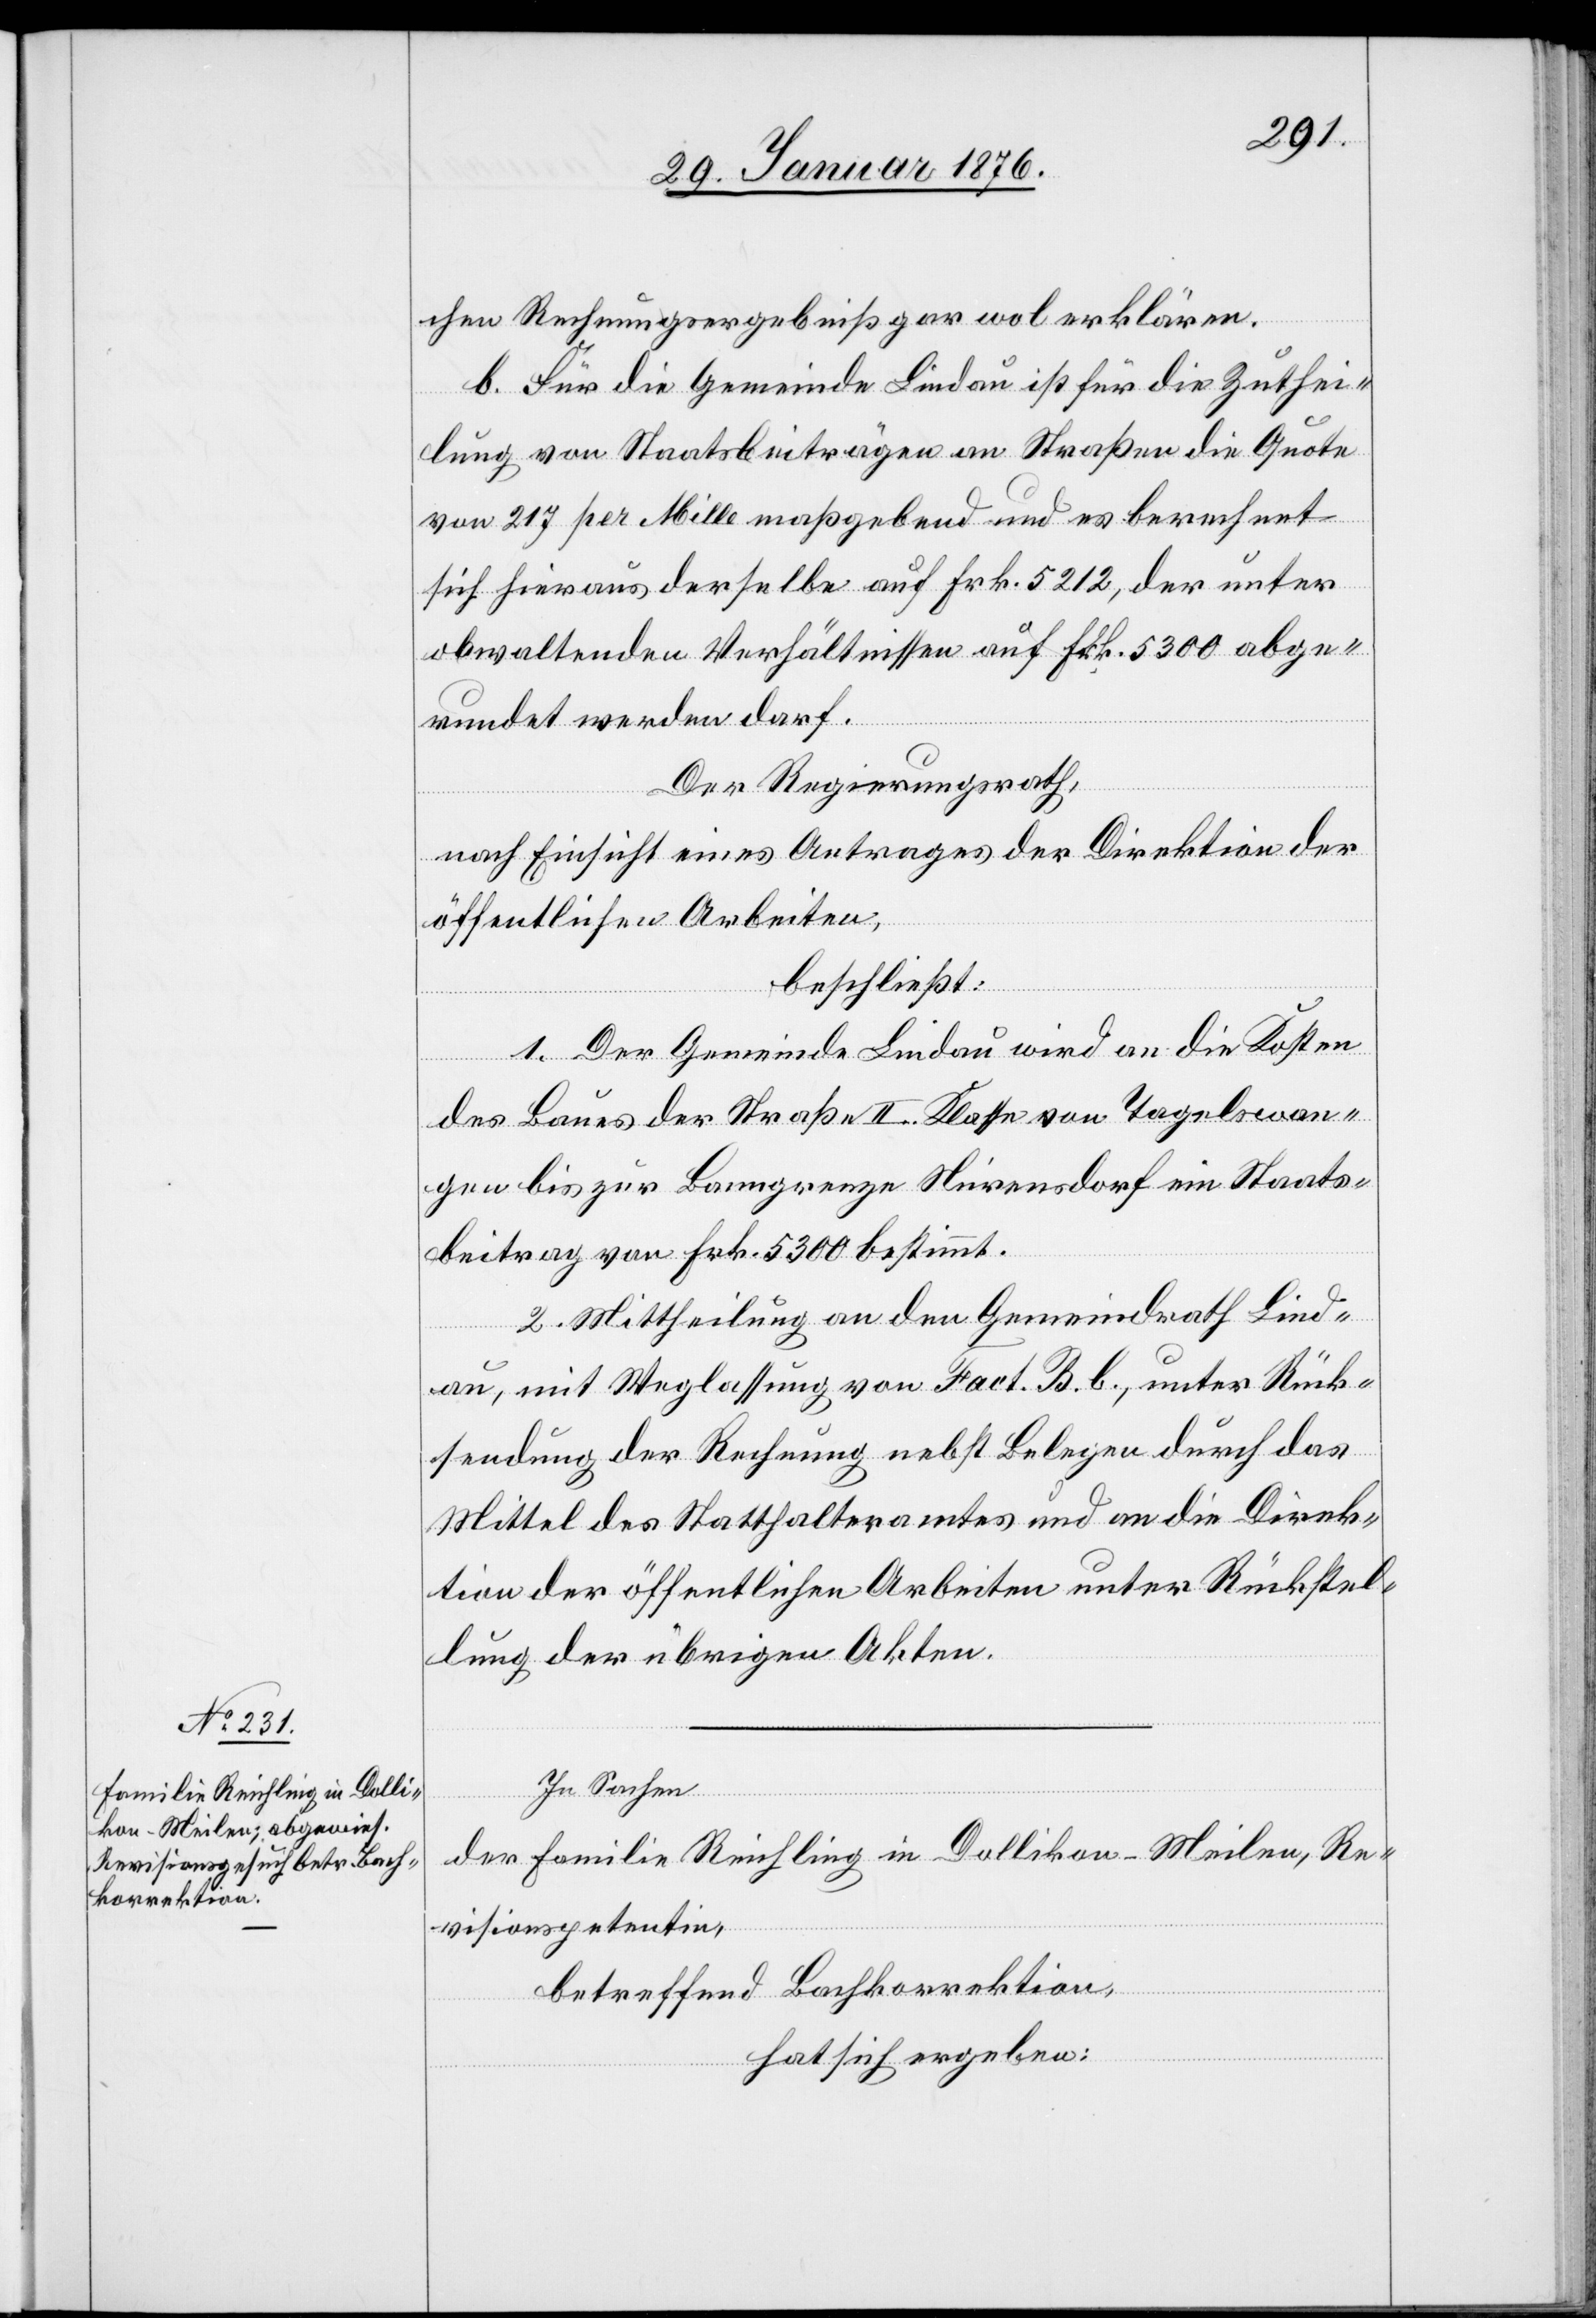
chen Rechnungsergebniß gar wol erklären.
b. Für die Gemeinde Lindau ist für die Zuthei¬
lung von Staatsbeiträgen an Straßen die Quote
von 217 per Mille maßgebend und es berechnet
sich hieraus derselbe auf Frk. 5212, der unter
obwaltenden Verhältnissen auf Frk. 5300 abge¬
rundet werden darf.
Der Regierungsrath,
nach Einsicht eines Antrages der Direktion der
öffentlichen Arbeiten,
beschließt:
1. Der Gemeinde Lindau wird an die Kosten
des Baues der Straße II. Klasse von Tagelswan¬
gen bis zur Banngrenze Nürensdorf ein Staats¬
beitrag von Frk. 5300 bestimmt.
2. Mittheilung an den Gemeindrath Lind¬
au, mit Weglassung von Fact. B. b., unter Rück¬
sendung der Rechnung nebst Belegen durch das
Mittel des Statthalteramtes und an die Direk¬
tion der öffentlichen Arbeiten unter Rückstel¬
lung der übrigen Akten.
In Sachen
der Familie Reichling in Dollikon-Meilen, Re¬
visionspetentin,
betreffend Bachkorrektion,
hat sich ergeben: